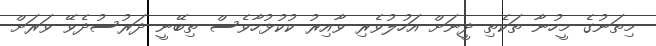
މިތަނުގެ މީހުނާ ތަކެތި ދީނަށް އަހުލުވެރި ވާއިރު ކުކުޅުހާވެސް ތިބޭނީ ދަރުސުދެވޭ ވަރަށް